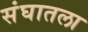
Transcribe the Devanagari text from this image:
संघातला